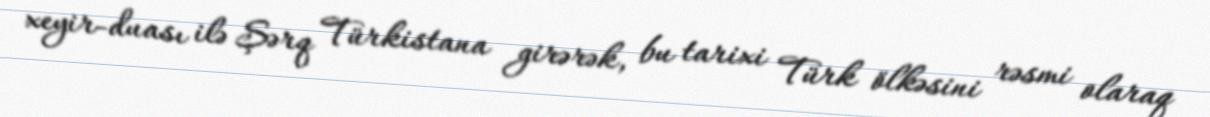
xeyir-duası ilə Şərq Türkistana girərək, bu tarixi Türk ölkəsini rəsmi olaraq